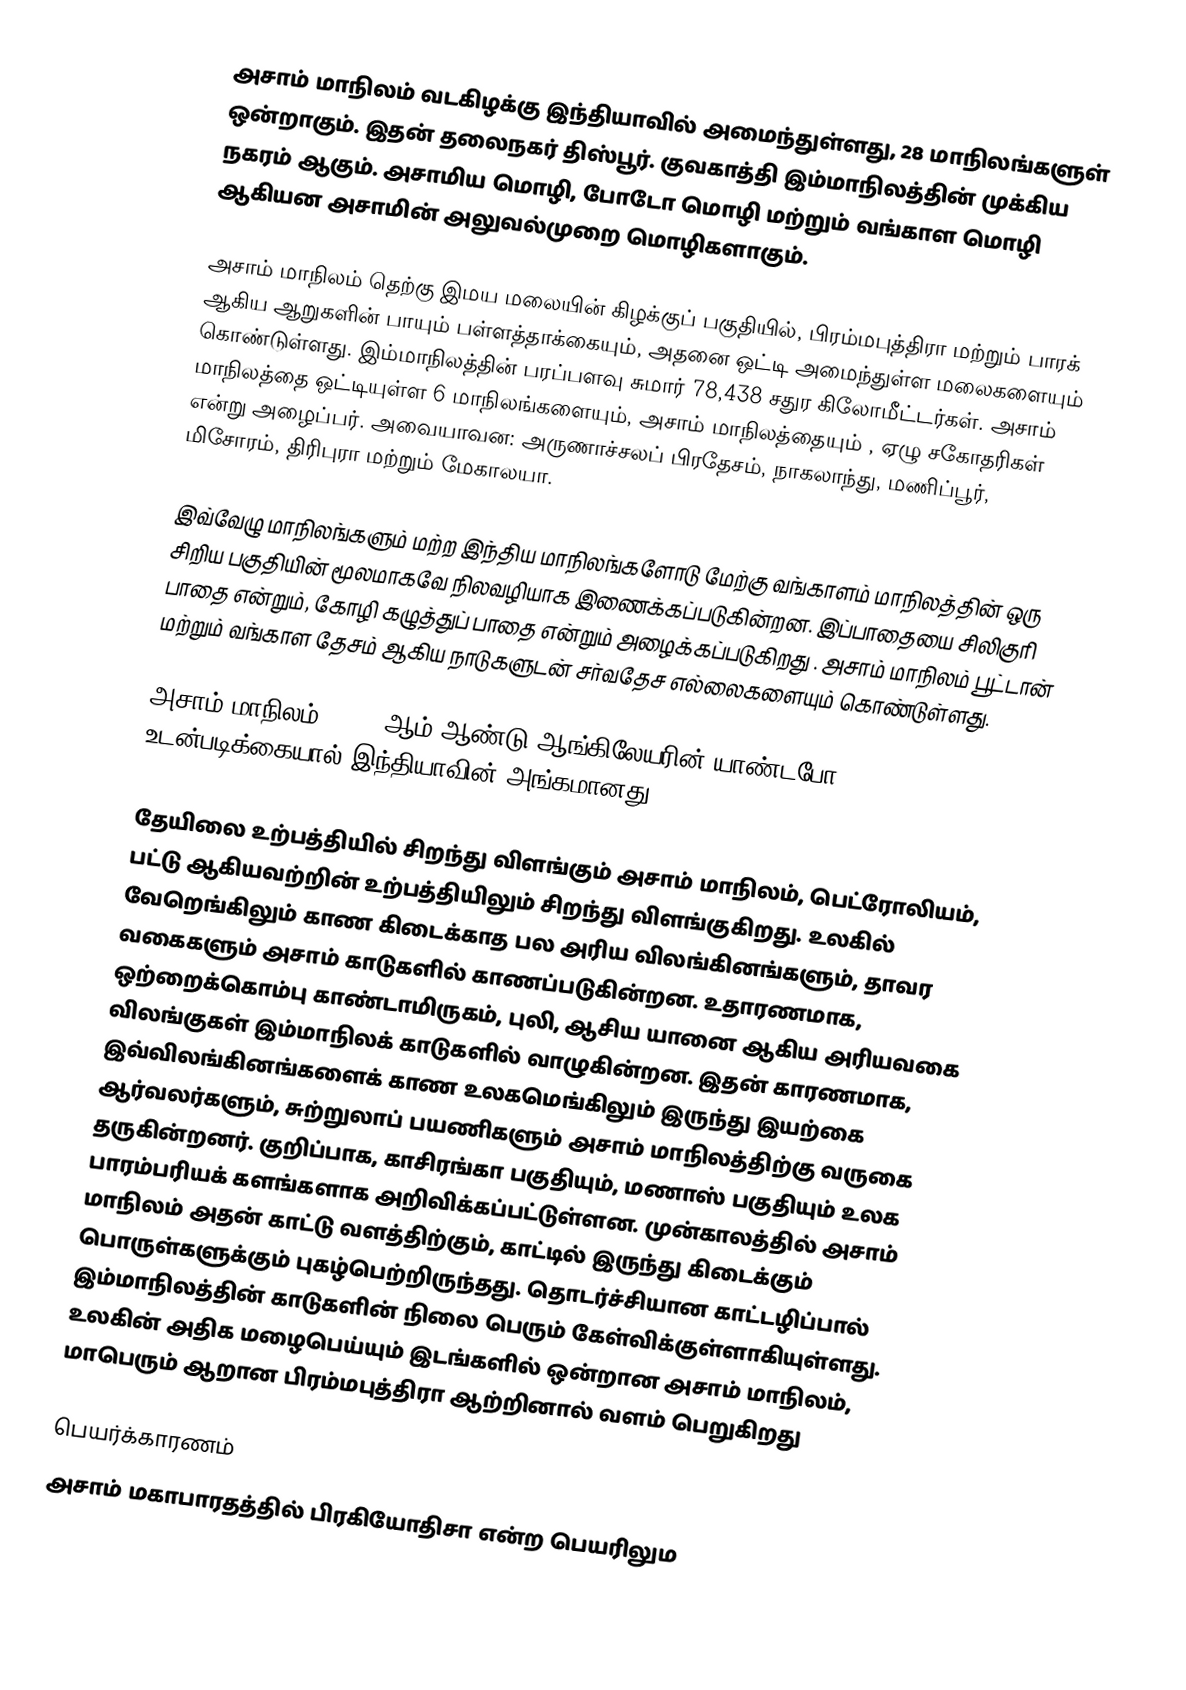
அசாம் மாநிலம் வடகிழக்கு இந்தியாவில் அமைந்துள்ளது, 28 மாநிலங்களுள் ஒன்றாகும். இதன் தலைநகர் திஸ்பூர். குவகாத்தி இம்மாநிலத்தின் முக்கிய நகரம் ஆகும். அசாமிய மொழி, போடோ மொழி மற்றும் வங்காள மொழி ஆகியன அசாமின் அலுவல்முறை மொழிகளாகும்.

அசாம் மாநிலம்  தெற்கு இமய மலையின் கிழக்குப் பகுதியில், பிரம்மபுத்திரா மற்றும் பாரக் ஆகிய ஆறுகளின் பாயும் பள்ளத்தாக்கையும், அதனை ஒட்டி அமைந்துள்ள மலைகளையும் கொண்டுள்ளது. இம்மாநிலத்தின் பரப்பளவு  சுமார் 78,438 சதுர கிலோமீட்டர்கள். அசாம் மாநிலத்தை ஒட்டியுள்ள 6 மாநிலங்களையும், அசாம் மாநிலத்தையும் , ஏழு சகோதரிகள் என்று அழைப்பர். அவையாவன:  அருணாச்சலப் பிரதேசம், நாகலாந்து, மணிப்பூர், மிசோரம், திரிபுரா மற்றும்  மேகாலயா.

இவ்வேழு மாநிலங்களும் மற்ற இந்திய மாநிலங்களோடு மேற்கு வங்காளம் மாநிலத்தின் ஒரு சிறிய பகுதியின் மூலமாகவே நிலவழியாக இணைக்கப்படுகின்றன. இப்பாதையை சிலிகுரி பாதை என்றும், கோழி கழுத்துப் பாதை என்றும் அழைக்கப்படுகிறது .  அசாம் மாநிலம் பூட்டான் மற்றும் வங்காள தேசம் ஆகிய நாடுகளுடன் சர்வதேச எல்லைகளையும் கொண்டுள்ளது.

அசாம் மாநிலம், 1826 ஆம் ஆண்டு ஆங்கிலேயரின் யாண்டபோ உடன்படிக்கையால் இந்தியாவின் அங்கமானது.

தேயிலை உற்பத்தியில் சிறந்து விளங்கும் அசாம் மாநிலம், பெட்ரோலியம், பட்டு ஆகியவற்றின் உற்பத்தியிலும் சிறந்து விளங்குகிறது. உலகில் வேறெங்கிலும் காண கிடைக்காத பல அரிய விலங்கினங்களும், தாவர வகைகளும் அசாம் காடுகளில் காணப்படுகின்றன. உதாரணமாக,  ஒற்றைக்கொம்பு காண்டாமிருகம், புலி, ஆசிய யானை  ஆகிய அரியவகை விலங்குகள் இம்மாநிலக் காடுகளில் வாழுகின்றன. இதன் காரணமாக, இவ்விலங்கினங்களைக் காண உலகமெங்கிலும் இருந்து இயற்கை ஆர்வலர்களும், சுற்றுலாப் பயணிகளும் அசாம் மாநிலத்திற்கு வருகை தருகின்றனர். குறிப்பாக, காசிரங்கா பகுதியும், மணாஸ் பகுதியும்  உலக பாரம்பரியக் களங்களாக அறிவிக்கப்பட்டுள்ளன.  முன்காலத்தில் அசாம் மாநிலம்  அதன் காட்டு வளத்திற்கும், காட்டில் இருந்து கிடைக்கும் பொருள்களுக்கும் புகழ்பெற்றிருந்தது. தொடர்ச்சியான காட்டழிப்பால் இம்மாநிலத்தின் காடுகளின் நிலை பெரும் கேள்விக்குள்ளாகியுள்ளது. உலகின் அதிக மழைபெய்யும் இடங்களில் ஒன்றான அசாம் மாநிலம், மாபெரும் ஆறான பிரம்மபுத்திரா ஆற்றினால் வளம் பெறுகிறது

பெயர்க்காரணம்
அசாம் மகாபாரதத்தில் பிரகியோதிசா என்ற பெயரிலும